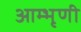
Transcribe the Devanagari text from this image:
आम्भृणी